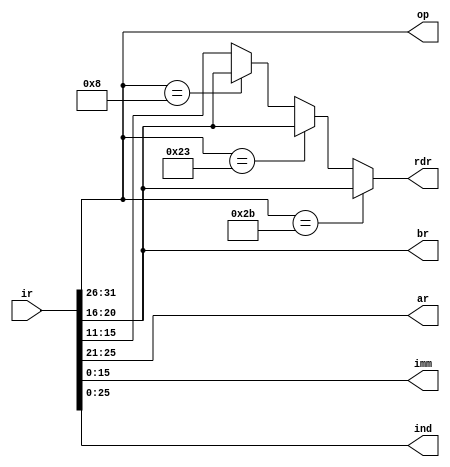
`timescale 1ns / 1ps

module ire(
    input [31:0] ir,
    output reg [4:0] ar,
    output reg [4:0] br,
    output reg [15:0] imm,
    output reg [5:0] op,
    output reg [4:0] rdr,
    output reg [25:0] ind
);

    always @(ir) begin
        op=ir[31:26];
        ar<=ir[25:21];
        br<=ir[20:16];
        imm<=ir[15:0];
        ind<=ir[25:0];
        if (op==6'b101011)
            rdr<=ir[20:16];
        else if (op==6'b100011)
            rdr<=ir[20:16];
        else if (op==6'b001000)
            rdr<=ir[20:16];
        else
            rdr<=ir[15:11];
    end

endmodule